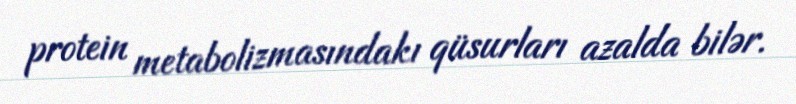
protein metabolizmasındakı qüsurları azalda bilər.